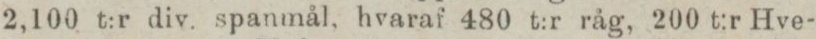
2,100 t:r div. spanmål, hvaraf 480 t:r råg, 200 t:r Hve-